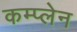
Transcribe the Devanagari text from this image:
कम्प्लेन